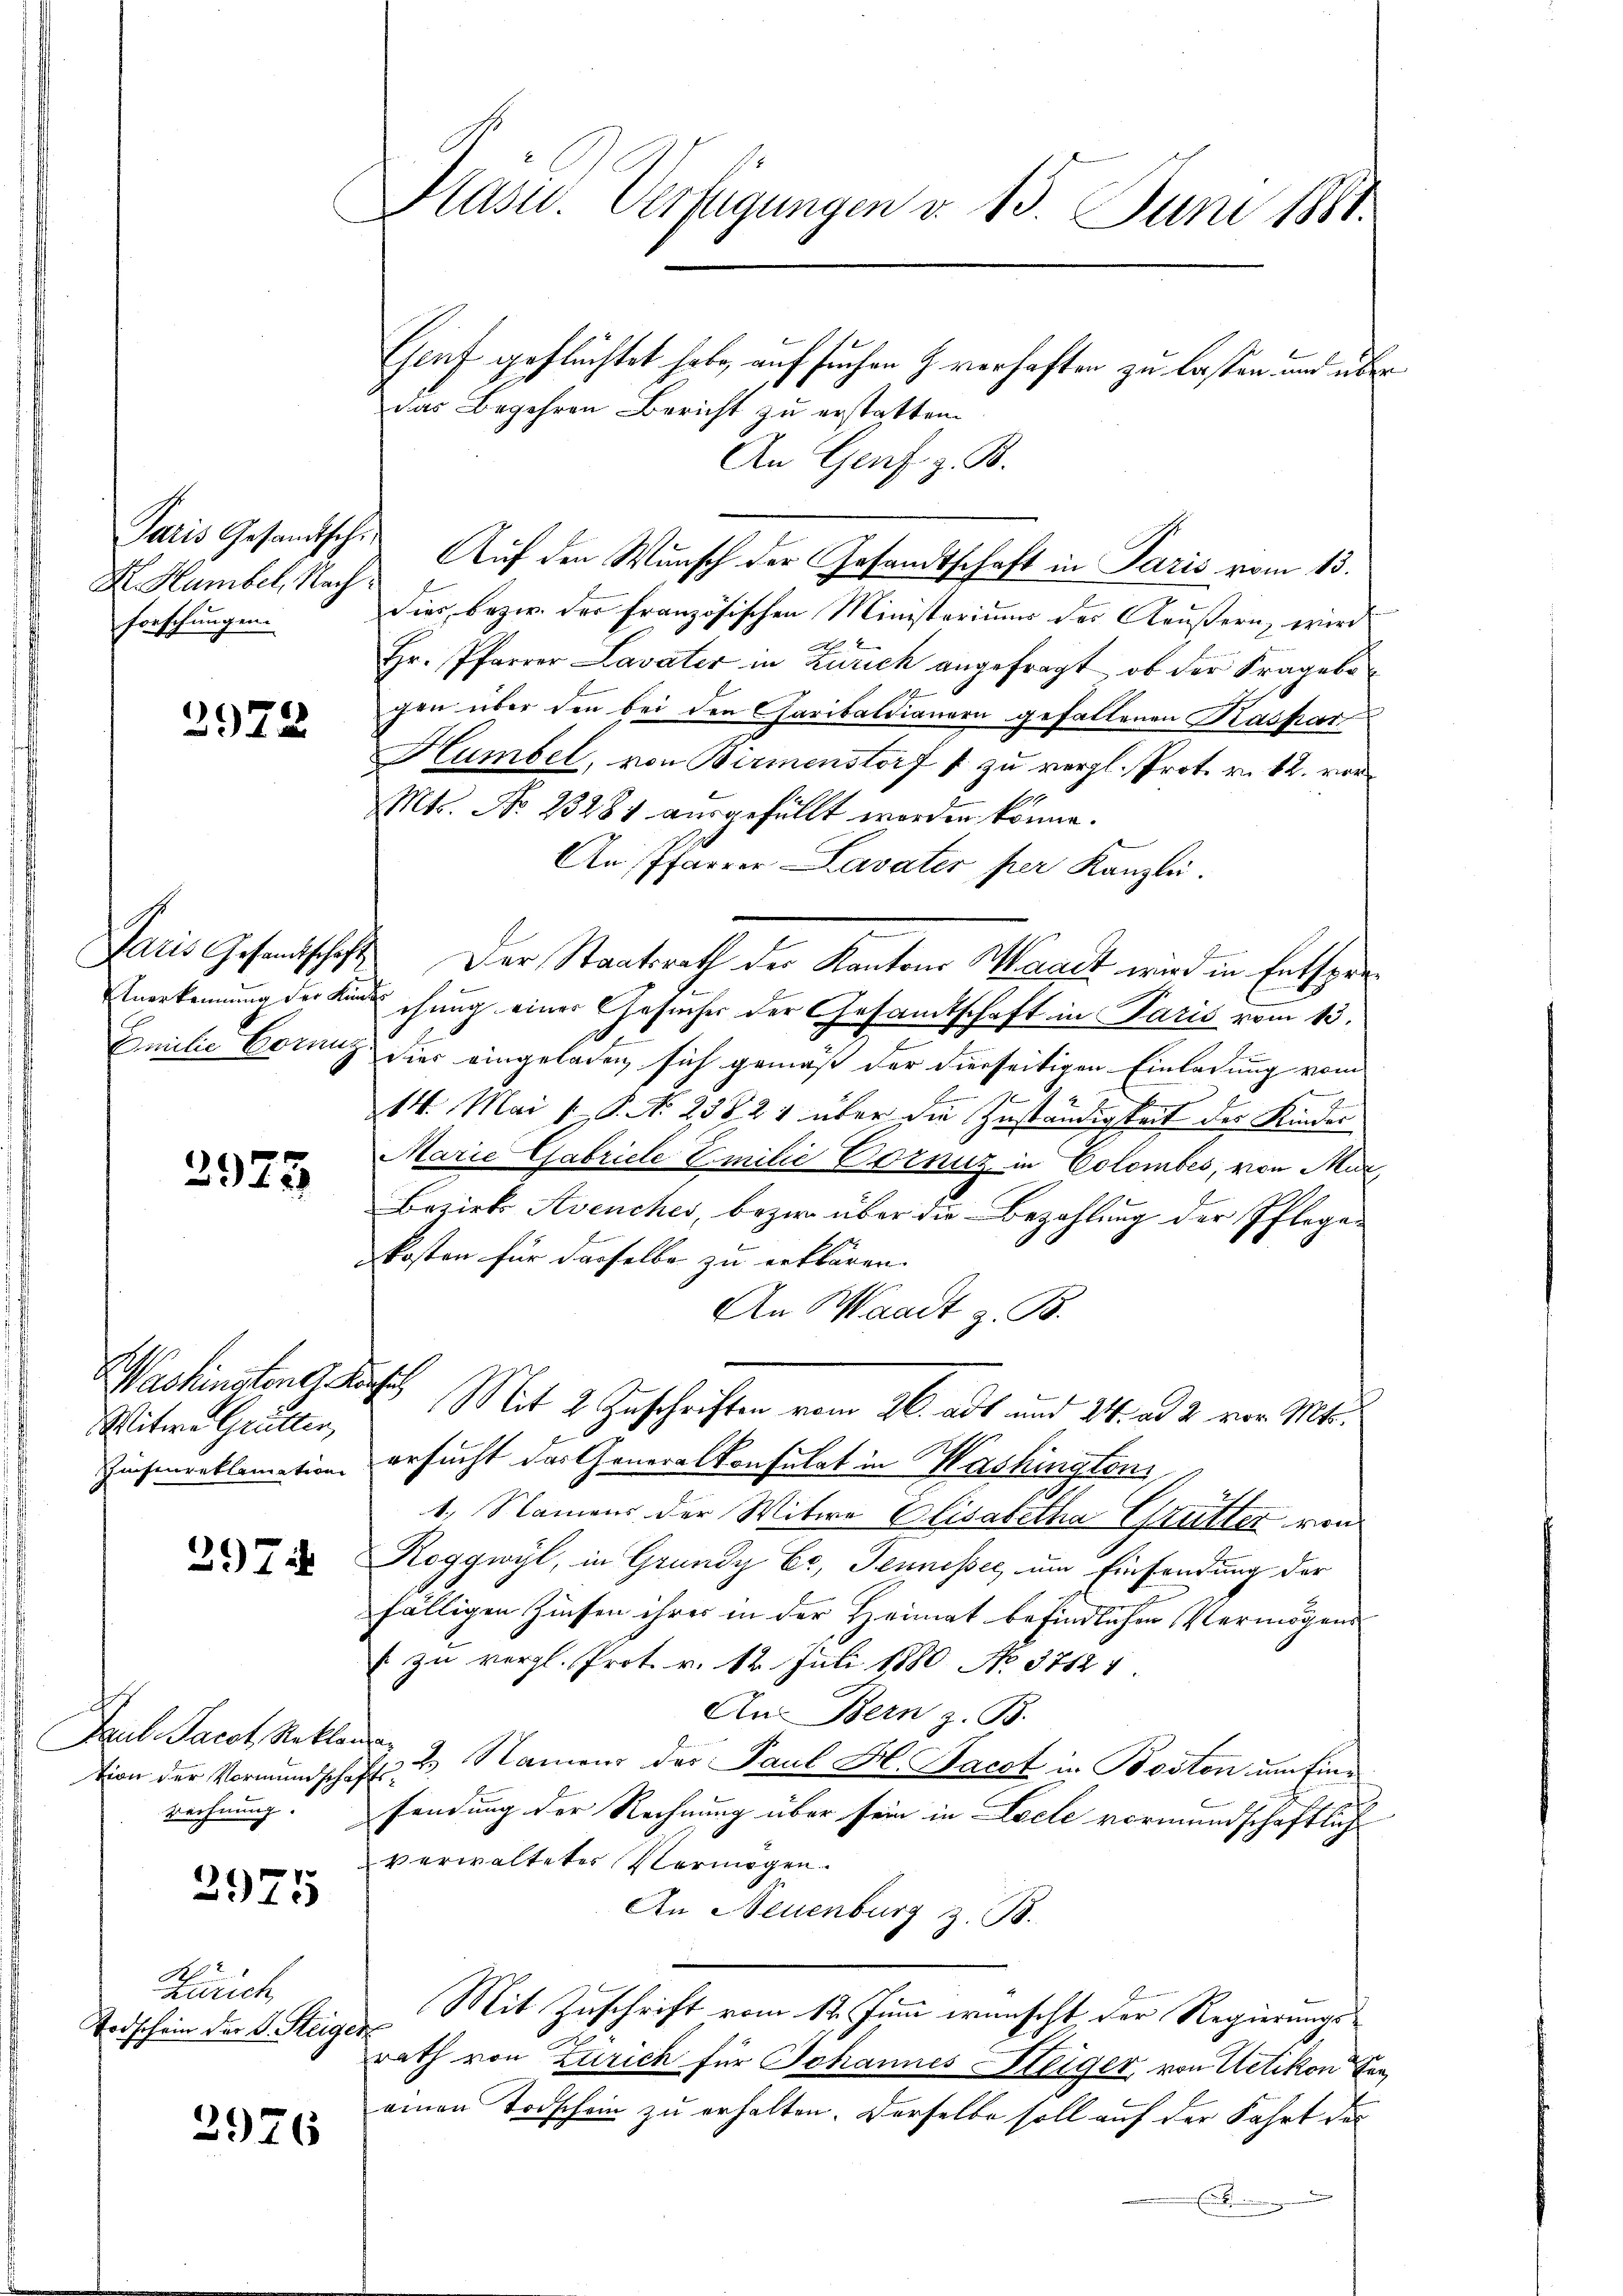
Paris Gesandtschi
X. Humbel, Nachforschungen.

2972.

3973

Washinatone dass
Witwe Gülten,

297.

Paul Parat Reklam
Rechnung. |

2975

A
Zürich
Todschein der L. Steiger

2976

Pasu. Verfügungen d. 13. Juni 1881.

Gsruf geflüchtet habe, auf suchen H. verhaften zu lassen und über
das Begehren Bericht zu erstatten.
An Genf. z. B.
dies bezw. der Französischen Ministeriums der Aeußern, wird
Hr. Pfarrer Lavater in Zürich angefragt, ob der Fragebo
gen über den bei den Charibaldianern gefallenen Kaspar
Humbel, von Birmenstorf & zu vergl. Prot. v. 12. ver¬
Mts. No 23281 ausgefüllt worden könne.
An Pfarrer Lavater per Kanzlei.
Paris Gesandtschaft Der Staatsrath der Kantons Waadt wird in Entspre¬
Anerkennung der Kinde schung einer Gesucher der Gesamtschaft in Paris vom 13.
10
Emilie Errung hier eingeladen sich gemäß der dierseitigen Einladung vom
14. Mai 1 P. No 23821 über die Zuständigkeit des Kinder
Marie Gabriele Emilie Doznuz in Colombes, von Mur
Bezirks Avenches, bezir über die Bezahlung der Pflegekosten für dasselbe zu erklären.
An Waadt z. B.
Mit 2 Zuschriften vom 26. ad und 24. ad 2. vor. Mts.
Zinsenreklamation ersucht das Generalkonsulat in Washington,
1. Namens der Witwe Elisabetha Grütter von
Roggwyl, in Grundy Er, Jennesses, um Einsendung der
fälligen Zinsen ihres in der Heimat befindlichen Vermögens
 zu vergl. Prot. v. 12. Juli 1880 No 37124.
An Bern z. B.
tion der Vormundschaft 23. Namens der Paul H. Jacot in Boston um Einsendung der Rechnung über sein in Loele vormundschaftlich
verwalteter Vermögen.
An Neuenburg z. B.
Mit Zuschrift vom 14. Juni wünscht der Regierungs¬
¬
rath von Zürich für Johannes Steiger, von Uetikon Fra
einen Todschein zu erhalten. Derselbe soll auf der Fahrt des
.

Auf den Wunsch der Gesandtschaft in Paris vom 13.